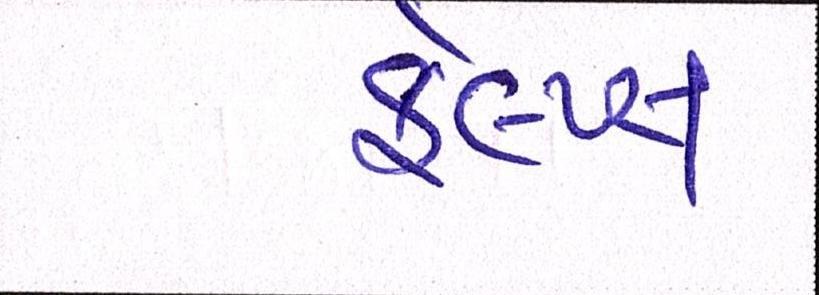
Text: ફેલ્પ્સ